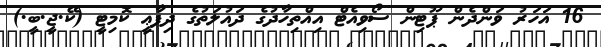
16 އަހަރު ވަންދެން ޕޫޓިން ސޯވިއެޓް އިއްތިހާދުގެ ދައުލަތުގެ ދިފާޢީ ކޮމިޓީ (ކޭ.ޖީ.ބީ.)